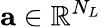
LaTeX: \mathbf{a}\in\mathbb{R}^{N_{L}}